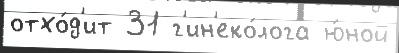
отхо́д'ит 31 г'ин'еко́лога ю́ной